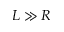
L \gg R